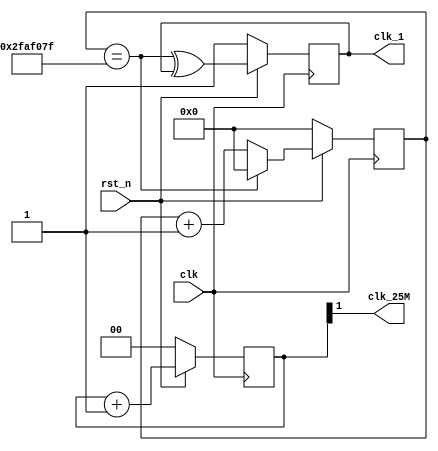
module clock_divisor(
        input clk,
        input rst_n,
        output clk_1,
        output clk_25M
);

parameter HALF_PERIOD = (100_000_000 / 2) - 1;
wire tick;
reg [26:0] q_reg, q_next; // 50M counter
reg t_reg, t_next;
reg [1:0] vgaclk;

always @(posedge clk) 
begin
    if (~rst_n)
    begin
        q_reg <= 27'b0;
        t_reg <= 1'b1;
        vgaclk <= 0;
    end
    else
    begin
        q_reg <= q_next;    
        t_reg <= t_next;
        vgaclk <= vgaclk + 1;
    end
end

// next state logic
always @(*) 
begin
    q_next = tick? 27'b0: (q_reg + 27'b1);
    t_next = tick ^ t_reg;    
end

// output logic
assign tick = (q_reg == HALF_PERIOD);
assign clk_1 = t_reg;
assign clk_25M = vgaclk[1];

endmodule